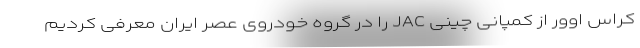
کراس اوور از کمپانی چینی JAC را در گروه خودروی عصر ایران معرفی کردیم